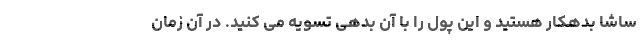
ساشا بدهکار هستید و این پول را با آن بدهی تسویه می کنید. در آن زمان